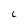
Character: C